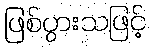
ဖြစ်ပွားသဖြင့်